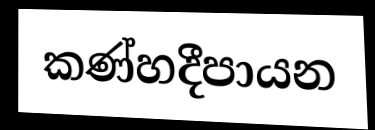
කණ්හදීපායන